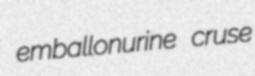
emballonurine cruse